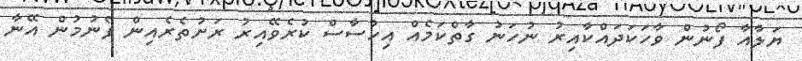
ޔަލާއާ ފޯނުން ވާހަކަދައްކާއިރު ނުހަނު ގާތްކަމެއް އިހުސާސް ކުރެވޭއިރު ރަށުތެރެއިން ފެނުމުން އޭނާ